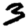
Digit: 3